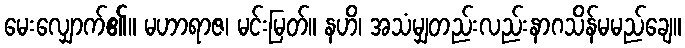
မေးလျှောက်၏။ မဟာရာဇ၊ မင်းမြတ်။ နဟိ၊ အသံမျှတည်းလည်းနာဂသိန်မမည်ချေ။